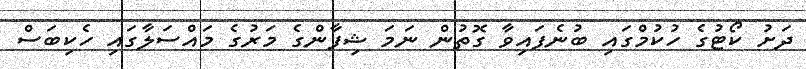
ދަށު ކޯޓުގެ ހުކުމްގައި ބުނެފައިވާ ގޮތުން ނަމަ ޝިފާންގެ މަރުގެ މައްސަލާގައި ހެކިބަސް